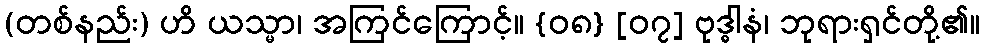
(တစ်နည်း) ဟိ ယသ္မာ၊ အကြင်ကြောင့်။ {၀၈} [၀၇] ဗုဒ္ဓါနံ၊ ဘုရားရှင်တို့၏။